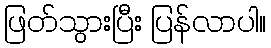
ဖြတ်သွားပြီး ပြန်လာပါ။